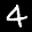
Label: 4